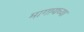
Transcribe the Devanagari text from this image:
मागायच्या